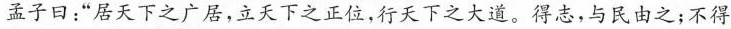
孟子曰：”居天下之广居，立天下之正位，行天下之大道。得志，与民由之；不得